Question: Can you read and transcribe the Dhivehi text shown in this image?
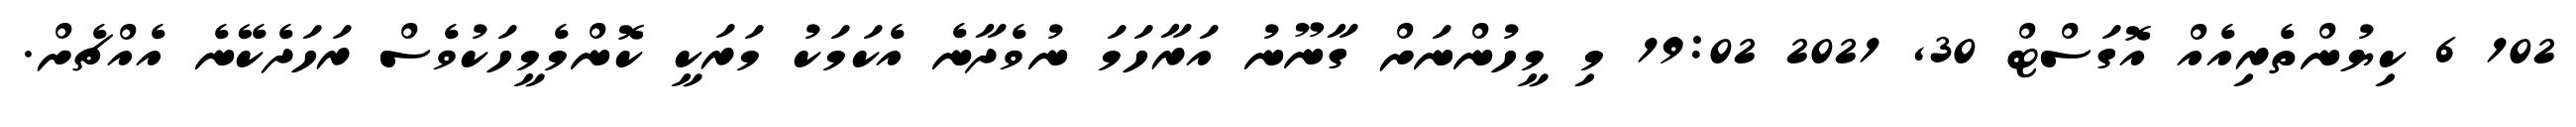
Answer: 102 6 ކިޔުންތެރިއެއް އޮގަސްޓް 30, 2021 19:02 މި މީހުންނަށް ގާނޫނު އަރާހަމަ ނުވެދާނެ އެކަމަކު މަރަކީ ކޮންމެމީހަކުވެސް ރަހަދެކޭނެ އެއްޗެށް.